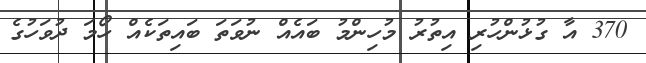
370 އާ ގުޅުންހުރި އިތުރު މުހިންމު ބައެއް ނުވަތަ ބައިތަކެއް ހޯމަ ދުވަހުގެ